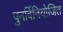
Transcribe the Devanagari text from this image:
पुनर्विनियोजित